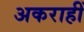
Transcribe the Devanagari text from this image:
अकराहीं